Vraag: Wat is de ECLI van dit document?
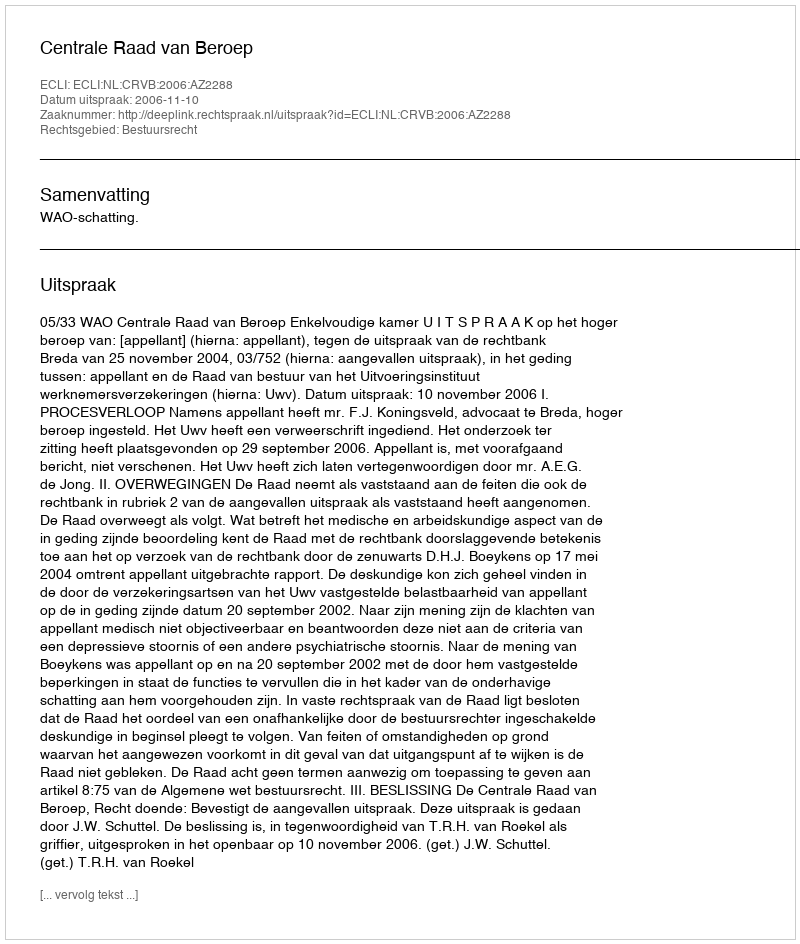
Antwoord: ECLI:NL:CRVB:2006:AZ2288